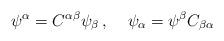
LaTeX: \begin{align*}\psi^\alpha = C^{\alpha\beta} \psi_\beta \, , \;\;\;\; \psi_\alpha= \psi^\beta C_{\beta\alpha}\end{align*}